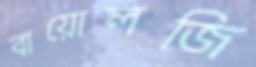
বায়োলজি